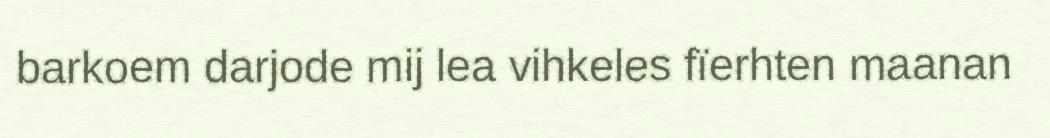
barkoem darjode mij lea vihkeles fïerhten maanan